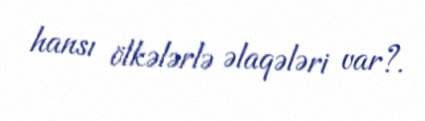
hansı ölkələrlə əlaqələri var?.